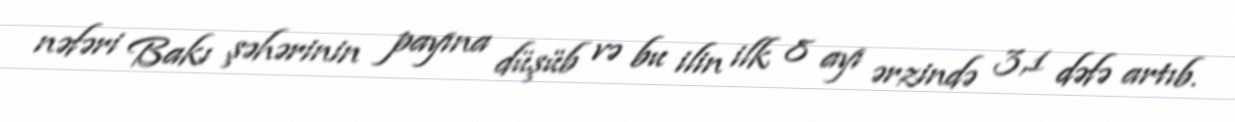
nəfəri Bakı şəhərinin payına düşüb və bu ilin ilk 8 ayı ərzində 3,1 dəfə artıb.